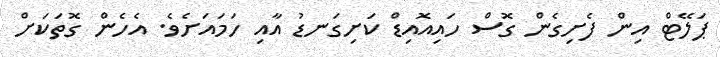
ޕަލޭޓް އިން ފެށިގެން ގޮސް ހައިއޮއިޑް ކަށިގަނޑު އާއި ހަމައަށެވެ. އެހެން ގޮތަކަށް